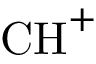
\mathrm { C H } ^ { + }